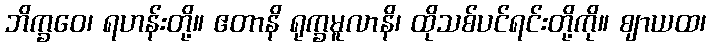
ဘိက္ခဝေ၊ ရဟန်းတို့။ ဧတာနိ ရုက္ခမူလာနိ၊ ထိုသစ်ပင်ရင်းတို့ကို။ ဈာယထ၊